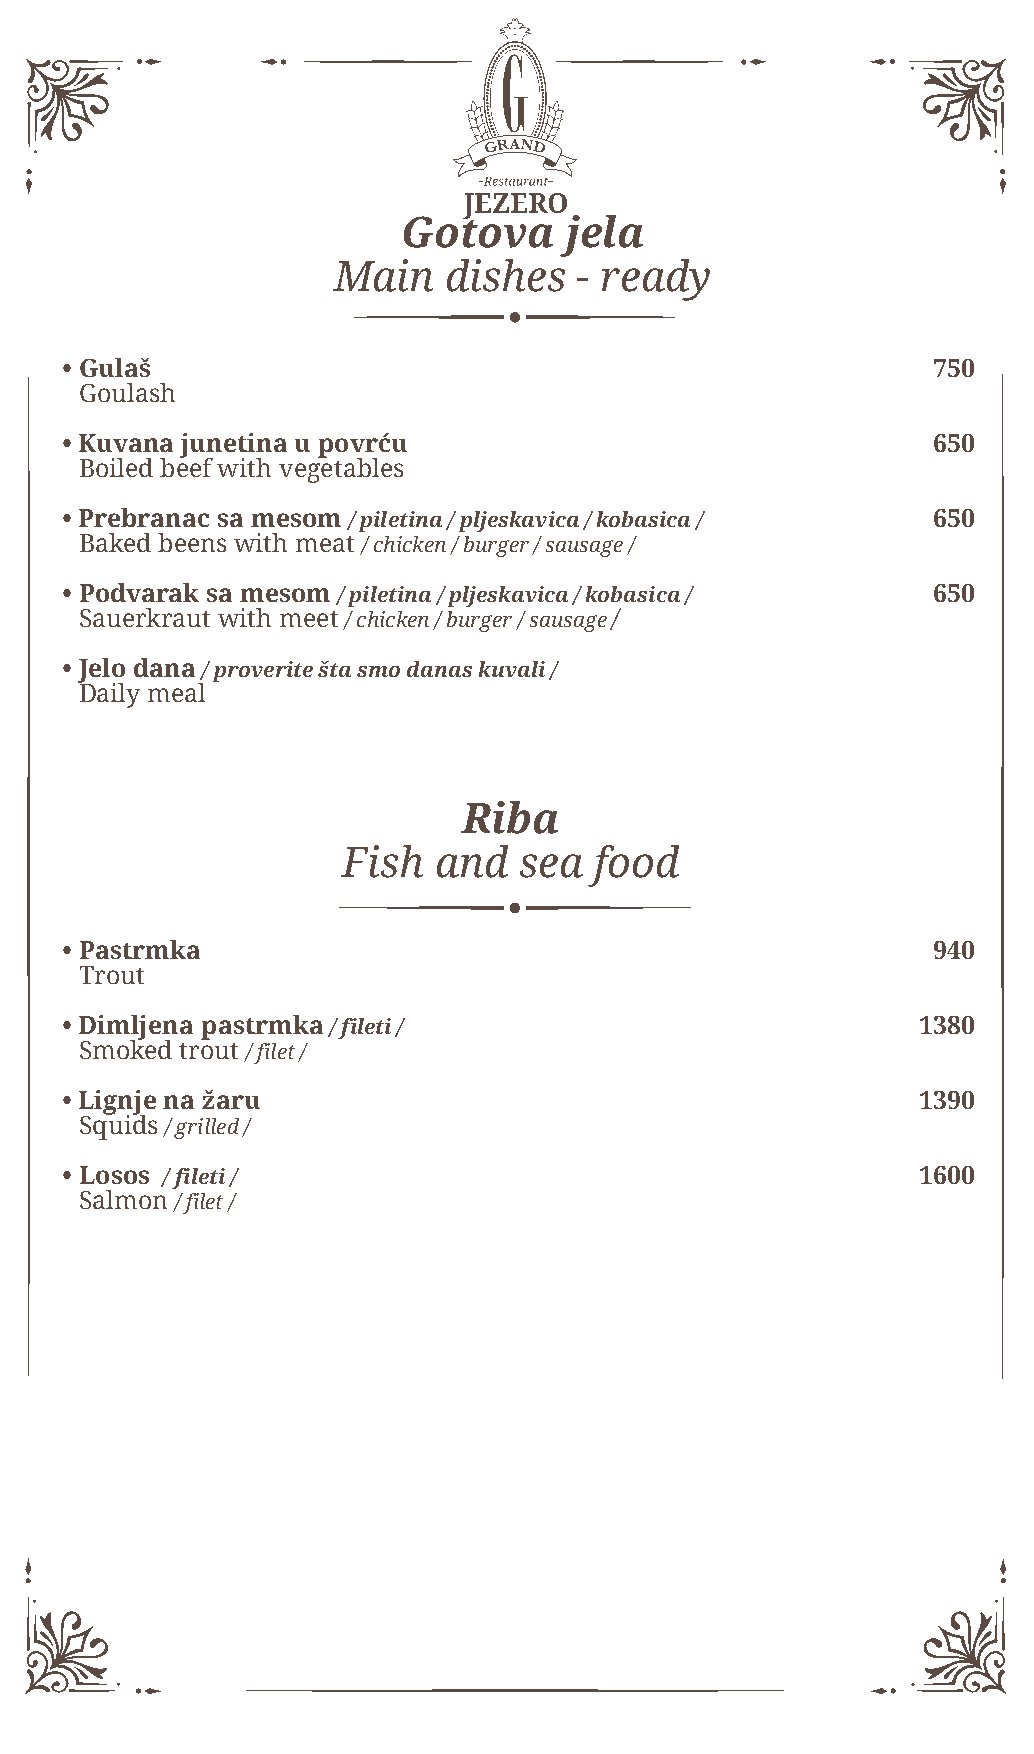
Gotova    jela
 Main   dishes   - ready
 • Gulaš                                                   750
 Goulash
 • Kuvana junetina u povrću                                650
 Boiled beef with vegetables
 • Prebranac sa mesom / piletina / pljeskavica / kobasica / 650
 Baked beens with meat / chicken / burger / sausage /
 • Podvarak sa mesom / piletina / pljeskavica / kobasica / 650
 Sauerkraut with meet / chicken / burger / sausage /
 • Jelo dana / proverite šta smo danas kuvali /
 Daily meal
 Riba
 Fish  and  sea  food
 • Pastrmka                                                940
 Trout
 • Dimljena pastrmka / fileti /                           1380
 Smoked trout / filet /
 • Lignje na žaru                                         1390
 Squids / grilled /
 • Losos / fileti /                                       1600
 Salmon / filet /